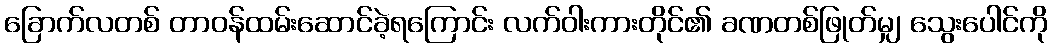
ခြောက်လတစ် တာဝန်ထမ်းဆောင်ခဲ့ရကြောင်း လက်ဝါးကားတိုင်၏ ခဏတစ်ဖြုတ်မျှ သွေးပေါင်ကို